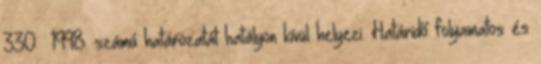
330 1998. számú határozatát hatályon kívül helyezi. Határidő: folyamatos és